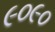
૯૦૯૦